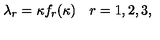
\lambda _ { r } = \kappa f _ { r } ( \kappa ) \quad r = 1 , 2 , 3 ,